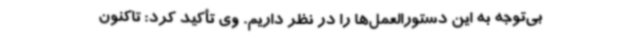
بی‌توجه به این دستورالعمل‌ها را در نظر داریم. وی تأکید کرد: تاکنون